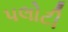
પલોટી